Civil Veterinary Department. United Provinces 1912-22 - 1912-1922
Year: 1912
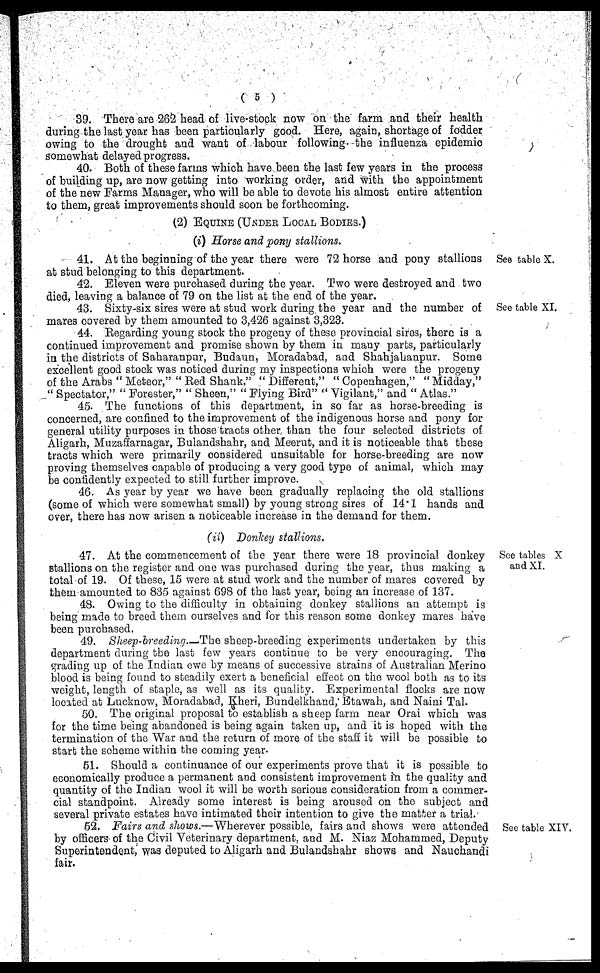
(5)
39. There are 262 head of live-stock now on the farm and their health
during the last year has been particularly good. Here, again, shortage of fodder
owing to the drought and want of labour following the influenza epidemic
somewhat delayed progress.
40. Both of these farms which have been the last few years in the process
of building up, are now getting into working order, and with the appointment
of the new Farms Manager, who will be able to devote his almost entire attention
to them, great improvements should soon be forthcoming.
(2) Equine (Under Local Bodies.)
(i) Horse and pony stallions.
See table X.
41. At the beginning of the year there were 72 horse and pony stallions
at stud belonging to this department.
42. Eleven were purchased during the year. Two were destroyed and two
died, leaving a balance of 79 on the list at the end of the year.
See table XI.
43. Sixty-six sires were at stud work during the year and the number of
mares covered by them amounted to 3,426 against 3,323.
44. Regarding young stock the progeny of these provincial sires, there is a
continued improvement and promise shown by them in nany parts, particularly
in the districts of Saharanpur, Budaun, Moradabad, and Shahjahanpur. Some
excellent good stock was noticed during my inspections which were the progeny
of the Arabs "Meteor," "Red Shank," "Different," "Copenhagen," "Midday,"
"Spectator," "Forester," "Sheen," "Flying Bird" "Vigilant," and "Atlas."
45. The functions of this department, in so far as horse-breeding is
concerned, are confined to the improvement of the indigenous horse and pony for
general utility purposes in those tracts other, than the four selected districts of
Aligarh, Muzaffarnagar, Bulandshahr, and Meerut, and it is noticeable that these
tracts which were primarily considered unsuitable for horse-breeding are now
proving themselves capable of producing a very good type of animal, which may
be confidently expected to still further improve.
46. As year by year we have been gradually replacing the old stallions
(some of which were somewhat small) by young strong sires of 14.1 hands and
over, there has now arisen a noticeable increase in the demand for them.
(ii) Donkey stallions.
See tables X
and XI.
47. At the commencement of the year there were 18 provincial donkey
stallions on the register and one was purchased during the year, thus making a
total of 19. Of these, 15 were at stud work and the number of mares covered by
them amounted to 835 against 698 of the last year, being an increase of 137.
48. Owing to the difficulty in obtaining donkey stallions an attempt is
being made to breed them ourselves and for this reason some donkey mares have
been purchased.
49. Sheep-breeding.—The sheep-breeding experiments undertaken by this
department during the last few years continue to be very encouraging. The
grading up of the Indian ewe by means of successive strains of Australian Merino
blood is being found to steadily exert a beneficial effect on the wool both as to its
weight, length of staple, as well as its quality. Experimental flocks are now
located at Lucknow, Moradabad, Kheri, Bundelkhand, Etawah, and Naini Tal.
50. The original proposal to establish a sheep farm near Orai which was
for the time being abandoned is being again taken up, and it is hoped with the
termination of the War and the return of more of the staff it will be possible to
start the scheme within the coming year.
51. Should a continuance of our experiments prove that it is possible to
economically produce a permanent and consistent improvement in the quality and
quantity of the Indian wool it will be worth serious consideration from a commer-
cial standpoint. Already some interest is being aroused on the subject and
several private estates have intimated their intention to give the matter a trial.
See table XIV.
52. Fairs ana shows.—Wherever possible, fairs and shows were attended
by officers of the Civil Veterinary department, and M. Niaz Mohammed, Deputy
Superintendent, was deputed to Aligarh and Bulandshahr shows and Nauchandi
fair.